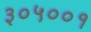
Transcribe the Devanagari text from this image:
३०५००१